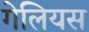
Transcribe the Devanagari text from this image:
गेलियस